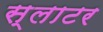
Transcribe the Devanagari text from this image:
स्‍लाटर